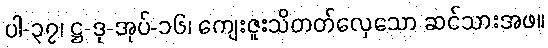
ပါ-၃၇၊ ဋ္ဌ-ဒု-အုပ်-၁၆၊ ကျေးဇူးသိတတ်လှေသော ဆင်သားအဖ။